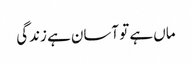
ماں ہے تو آسان ہے زندگی